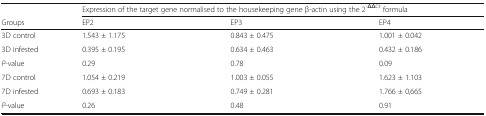
<table><thead><tr><td></td><td colspan="3"><b>Expression of the target gene normalised to the housekeeping gene β-actin using the 2<sup>-ΔΔCt</sup> formula</b></td></tr><tr><td><b>Groups</b></td><td><b>EP2</b></td><td><b>EP3</b></td><td><b>EP4</b></td></tr></thead><tbody><tr><td>3D control</td><td>1.543 ± 1.175</td><td>0.843 ± 0.475</td><td>1.001 ± 0.042</td></tr><tr><td>3D infested</td><td>0.395 ± 0.195</td><td>0.634 ± 0.463</td><td>0.432 ± 0.186</td></tr><tr><td><i>P</i>-value</td><td>0.29</td><td>0.78</td><td>0.09</td></tr><tr><td>7D control</td><td>1.054 ± 0.219</td><td>1.003 ± 0.055</td><td>1.623 ± 1.103</td></tr><tr><td>7D infested</td><td>0.693 ± 0.183</td><td>0.749 ± 0.281</td><td>1.766 ± 0,665</td></tr><tr><td><i>P</i>-value</td><td>0.26</td><td>0.48</td><td>0.91</td></tr></tbody></table>